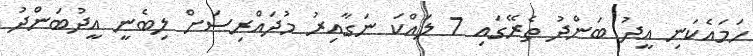
ހަމައެކަނި އީދު ބަންދު ތެރޭގައި 7 ލައްކަ ނަގާއިރު މުދައްރިސަށް ލިބެނީ އީދުބަންދު